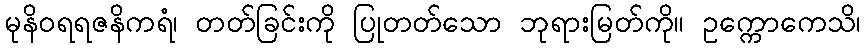
မုနိဝရရဇနိကရံ၊ တတ်ခြင်းကို ပြုတတ်သော ဘုရားမြတ်ကို။ ဥက္ကောကေသိ၊